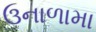
ઉનાળામા